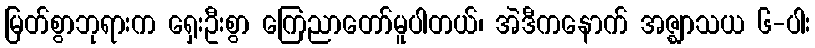
မြတ်စွာဘုရားက ရှေးဦးစွာ ကြေညာတော်မူပါတယ်၊ အဲဒီကနောက် အဇ္ဈာသယ ၆-ပါး